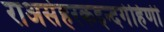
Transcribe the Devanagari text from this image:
राअसेहरकइन्दगेहिणी